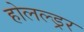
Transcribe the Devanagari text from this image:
होलल्ड्रर